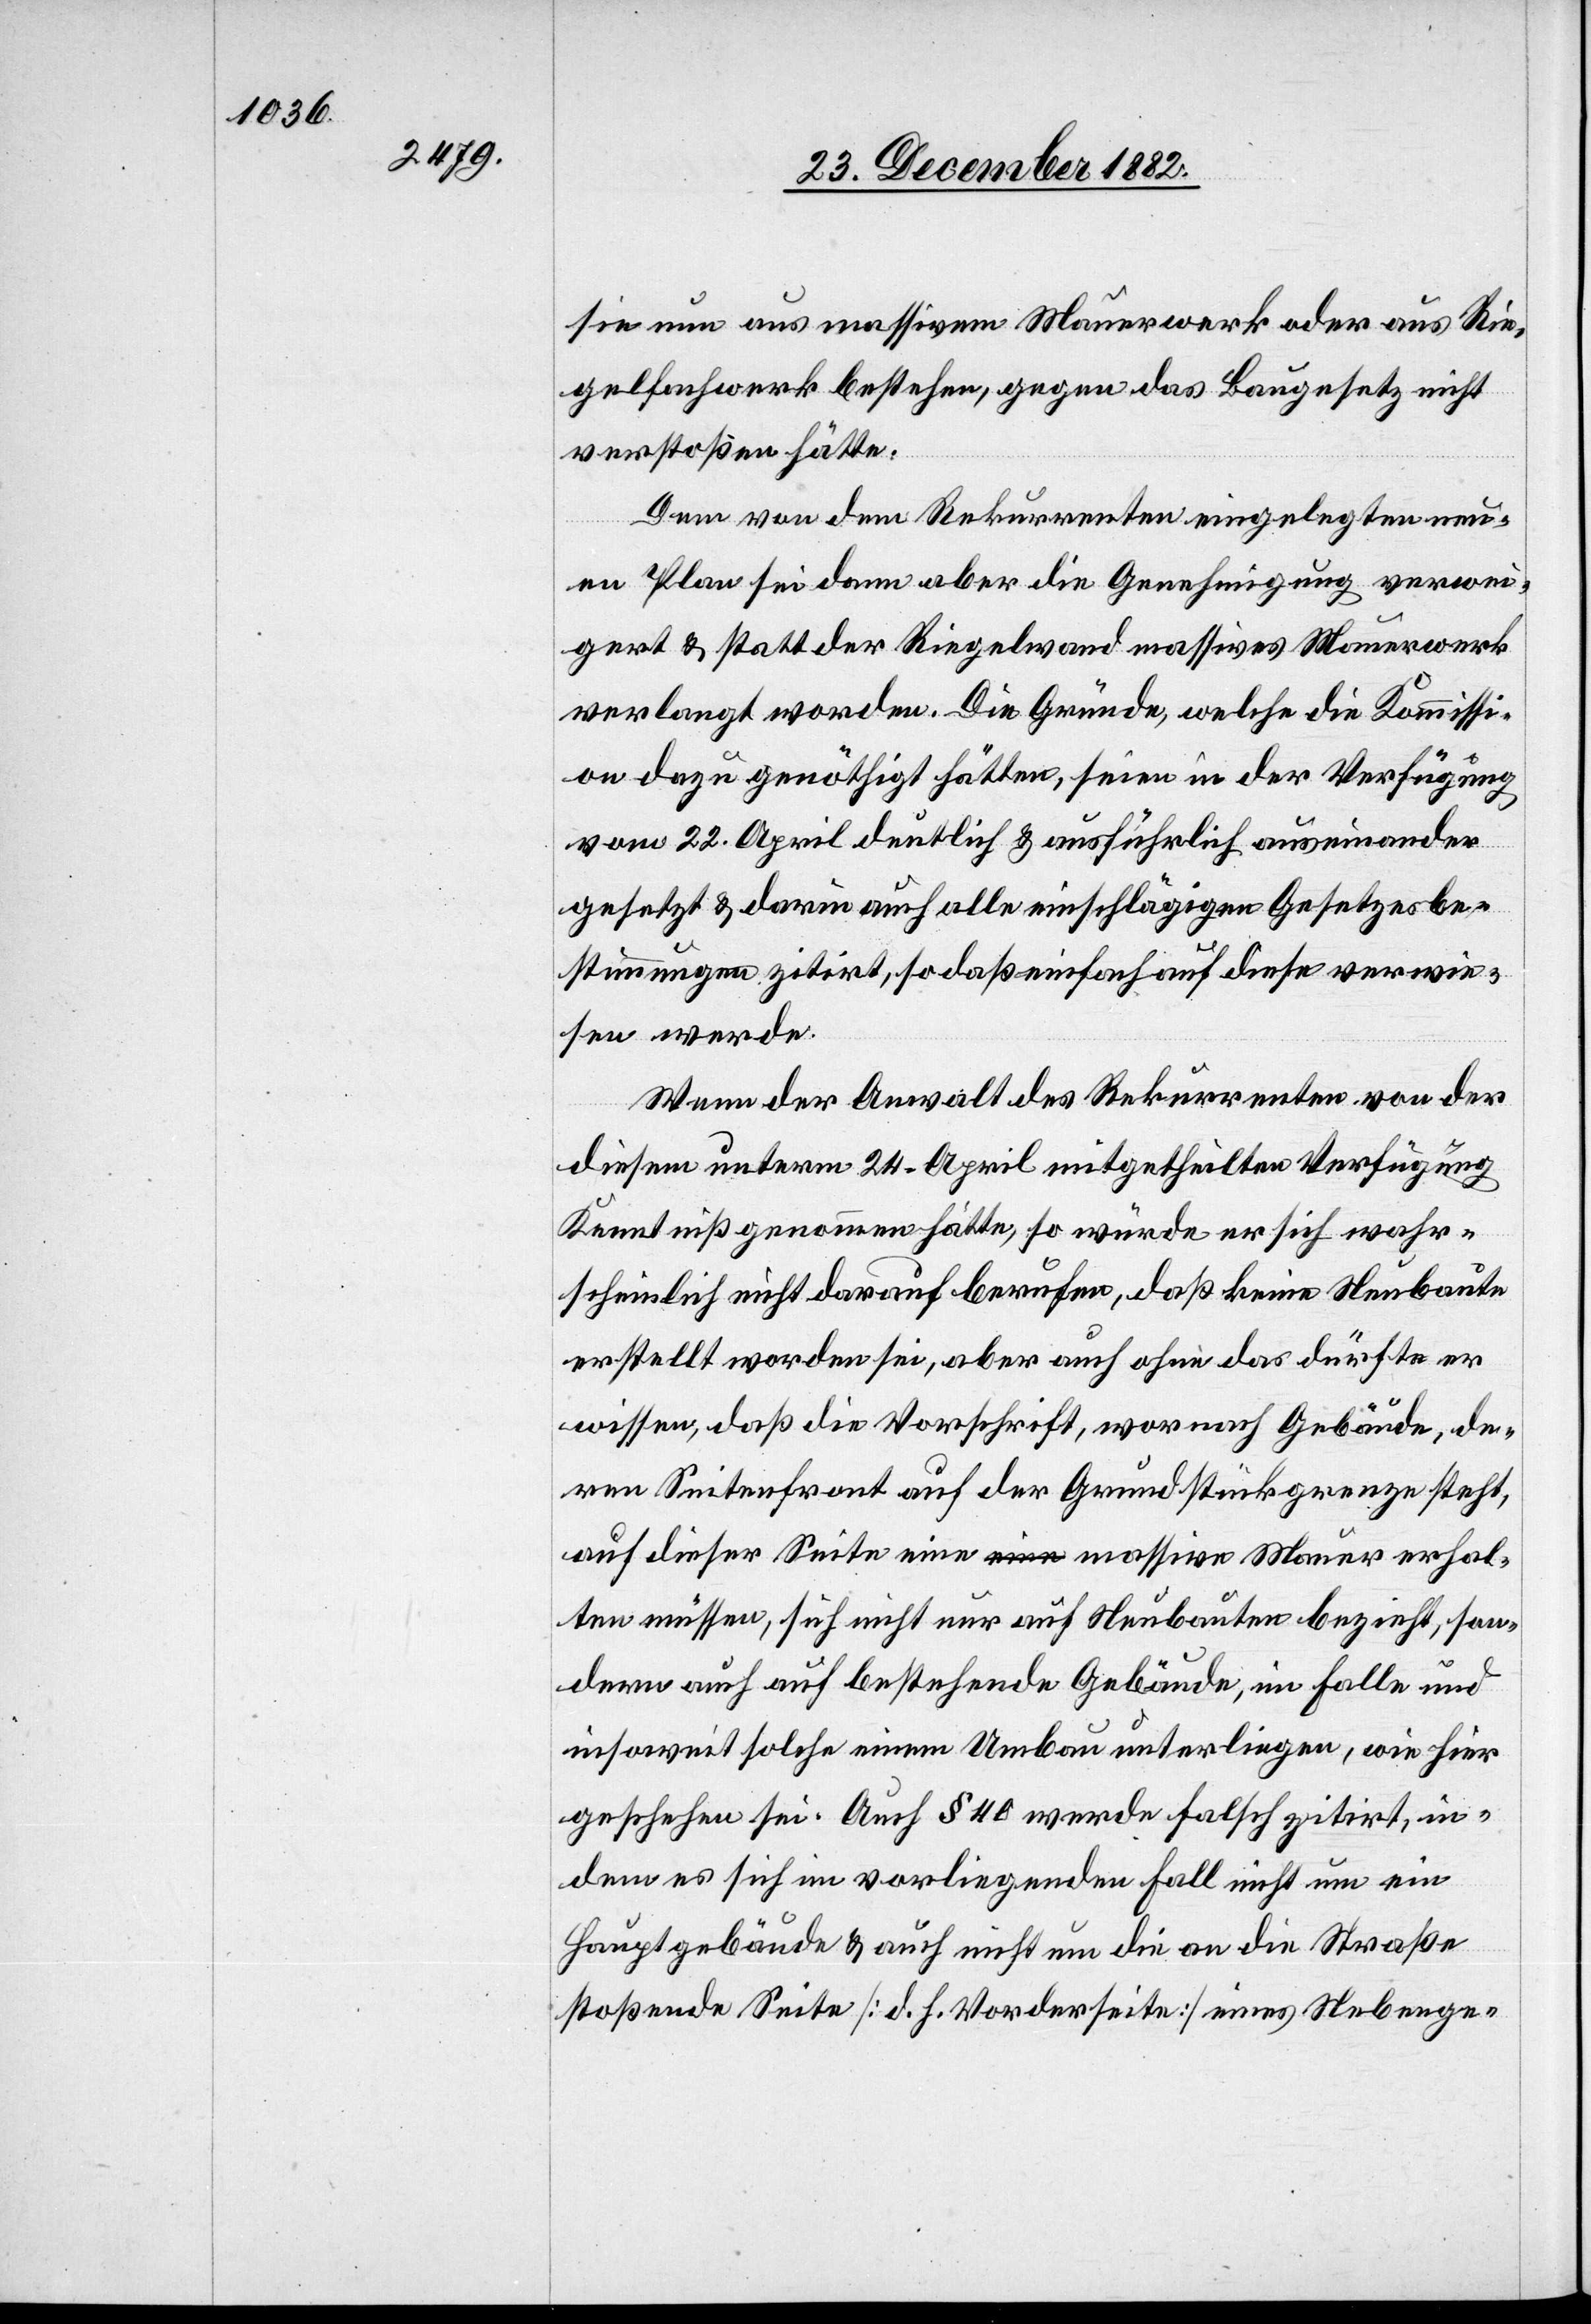
sie nun aus massivem Mauerwerk oder aus Rie¬
gelfachwerk bestehen, gegen das Baugesetz nicht
verstoßen hätte.
Dem von dem Rekurrenten eingelegten neu¬
en Plan sei dann aber die Genehmigung verwei¬
gert & statt der Riegelwand massives Mauerwerk
verlangt worden. Die Gründe, welche die Kommissi¬
on dazu genöthigt hätten, seien in der Verfügung
vom 22. April deutlich & ausführlich auseinander
gesetzt & darin auch alle einschlägigen Gesetzesbe¬
stimmungen zitirt, so daß einfach auf diese verwie¬
sen werde.
Wenn der Anwalt des Rekurrenten von der
diesem unterm 24. April mitgetheilten Verfügung
Kenntniß genommen hätte, so würde er sich wahr¬
scheinlich nicht darauf berufen, daß keine Neubaute
erstellt worden sei, aber auch ohne das dürfte er
wissen, daß die Vorschrift, wornach Gebäude, de¬
ren Seitenfront auf der Grundstückgrenze steht,
auf dieser Seite eine massive Mauer erhal¬
ten müssen, sich nicht nur auf Neubauten bezieht, son¬
dern auch auf bestehende Gebäude, im Falle und
insoweit solche einem Umbau unterliegen, wie hier
geschehen sei. Auch § 40 werde falsch zitirt, in¬
dem es sich im vorliegenden Fall nicht um ein
Hauptgebäude & auch nicht um die an die Straße
stoßende Seite [d. h. Vorderseite] eines Nebenge-